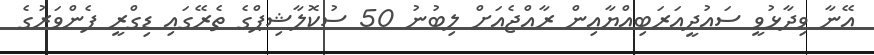
އޭނާ ވިދާޅުވީ ސައުދީއަރަބިއްޔާއިން ރާއްޖެއަށް ލިބުނު 50 ސުކޮލާޝިޕްގެ ތެރޭގައި ޑިގްރީ ފެންވަރުގެ